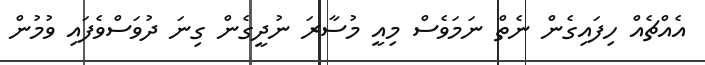
އެއްޗެއް ހިފައިގެން ނެތް ނަމަވެސް މިއީ މުސާރަ ނުދީގެން ގިނަ ދުވަސްވެފައި ވުމުން